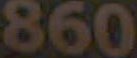
860